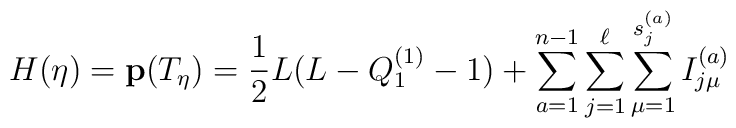
H(\eta)={\bf p}(T_{\eta})={1\over2}L(L-Q_1^{(1)}-1)+\sum_{a=1}^{n-1}\sum_{j=1}^{\ell}\sum_{\mu=1}^{s_j^{(a)}} I_{j \mu}^{(a)}